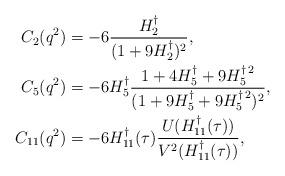
LaTeX: \begin{align*} C_2(q^2)& =-6\frac{H_2^\dagger}{(1+9H_2^\dagger)^2},\\C_5(q^2)&= -6H_5^\dagger \frac{1+4H_5^\dagger +9H_5^{\dagger\,2}}{(1+9H_5^\dagger+9H_5^{\dagger\,2})^2},\\C_{11}({ q^2})& =-6H_{11}^\dagger(\tau)\frac{U(H_{11}^\dagger(\tau))}{V^2(H_{11}^\dagger(\tau))},\end{align*}